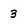
Character: 3